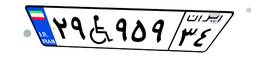
۲۲W۵۵۲۲۷